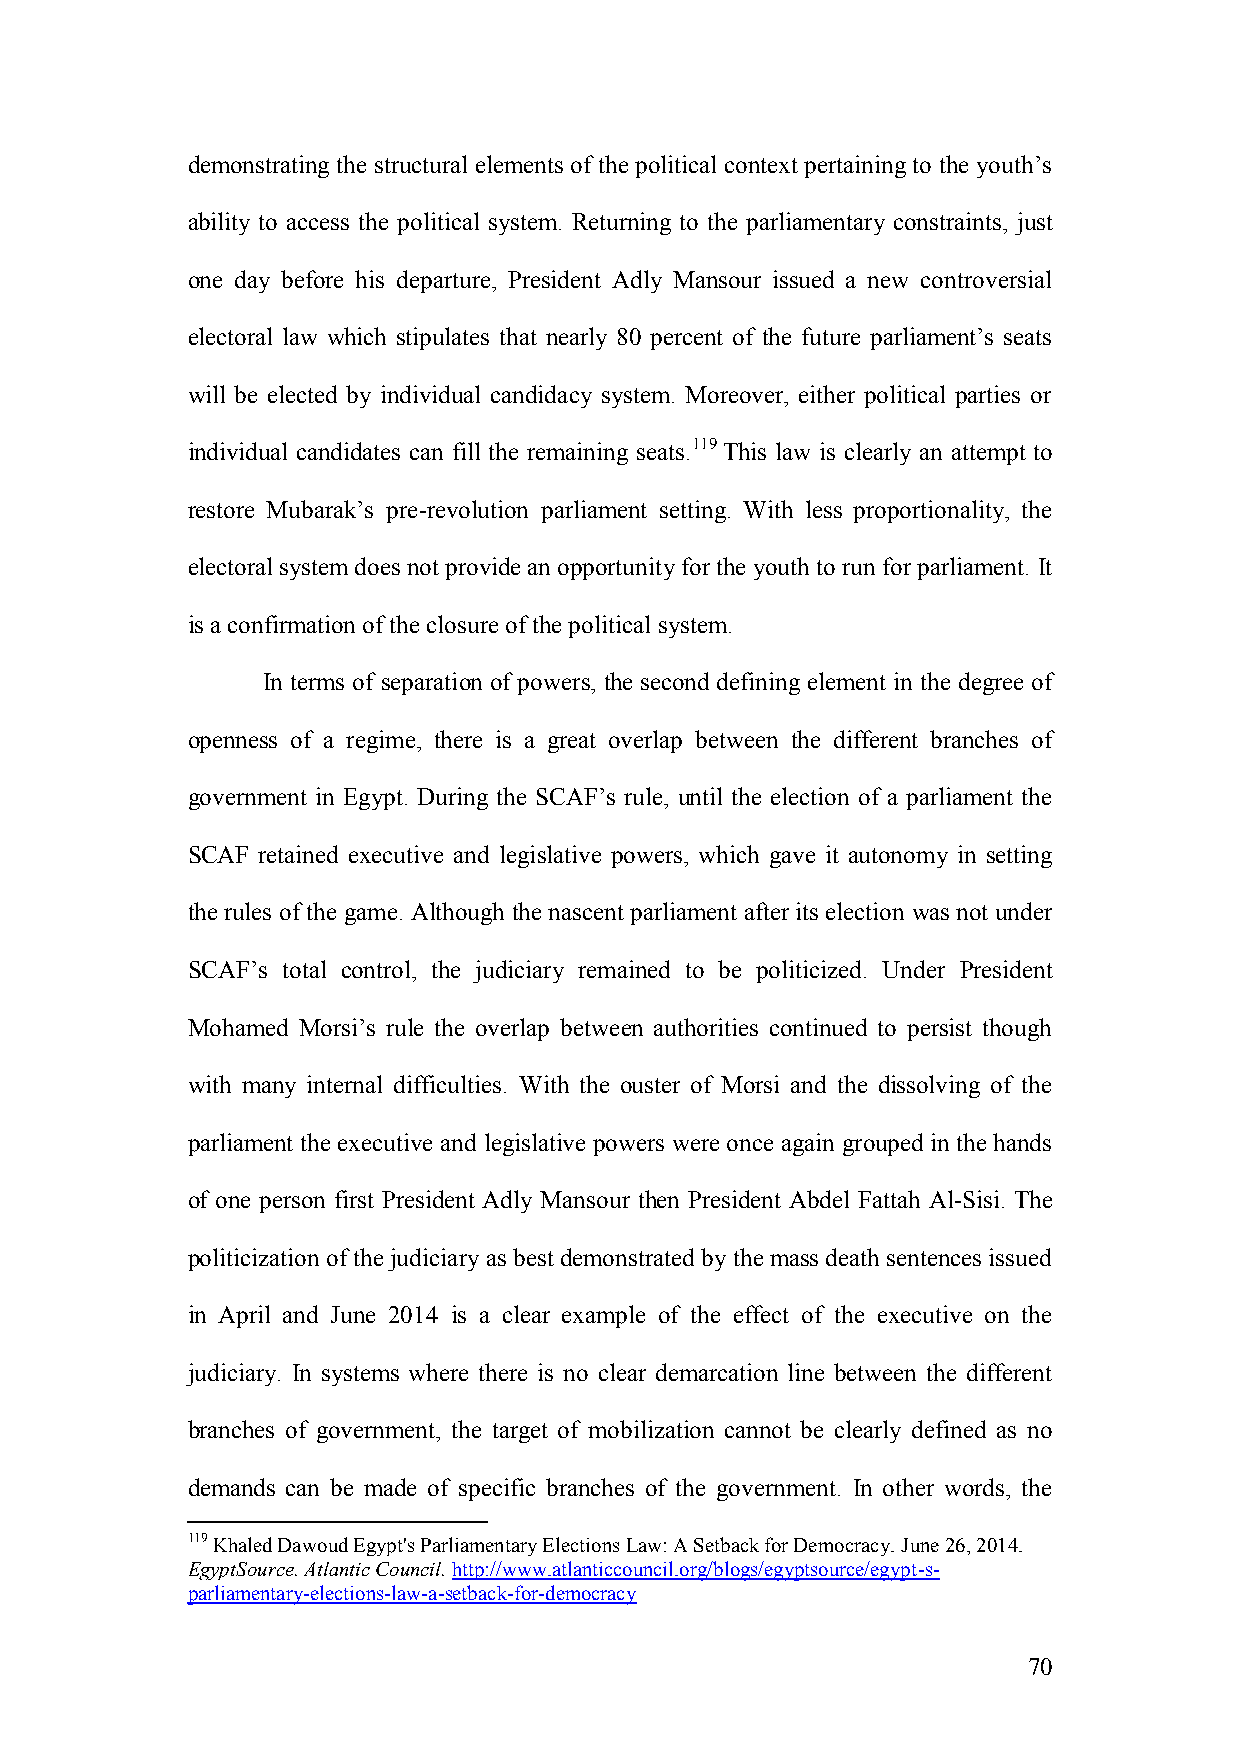
demonstrating the structural elements of the political context pertaining to the youth’s
 ability to access the political system. Returning to the parliamentary constraints, just
 one day before his departure, President Adly Mansour issued a new controversial
 electoral law which stipulates that nearly 80 percent of the future parliament’s seats
 will be elected by individual candidacy system. Moreover, either political parties or
 individual candidates can fill the remaining seats.119 This law is clearly an attempt to
 restore Mubarak’s pre-revolution parliament setting. With less proportionality, the
 electoral system does not provide an opportunity for the youth to run for parliament. It
 is a confirmation of the closure of the political system.
 In terms of separation of powers, the second defining element in the degree of
 openness of a regime, there is a great overlap between the different branches of
 government in Egypt. During the SCAF’s rule, until the election of a parliament the
 SCAF retained executive and legislative powers, which gave it autonomy in setting
 the rules of the game. Although the nascent parliament after its election was not under
 SCAF’s total control, the judiciary remained to be politicized. Under President
 Mohamed Morsi’s rule the overlap between authorities continued to persist though
 with many internal difficulties. With the ouster of Morsi and the dissolving of the
 parliament the executive and legislative powers were once again grouped in the hands
 of one person first President Adly Mansour then President Abdel Fattah Al-Sisi. The
 politicization of the judiciary as best demonstrated by the mass death sentences issued
 in April and June 2014 is a clear example of the effect of the executive on the
 judiciary. In systems where there is no clear demarcation line between the different
 branches of government, the target of mobilization cannot be clearly defined as no
 demands can be made of specific branches of the government. In other words, the
 119 Khaled Dawoud Egypt's Parliamentary Elections Law: A Setback for Democracy. June 26, 2014.
 EgyptSource. Atlantic Council. http://www.atlanticcouncil.org/blogs/egyptsource/egypt-s-
 parliamentary-elections-law-a-setback-for-democracy
 70